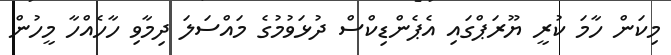
މިކަން ހާމަ ކުރީ ޔޫރަޕްގައި އެޕެންޑިކްސް ދުޅަވުމުގެ މައްސަލަ ދިމާވި ހާހެއްހާ މީހުން